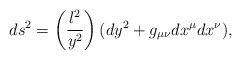
\begin{align*}ds^2= \left(\frac{l^2}{y^2} \right)(dy^2+g_{\mu \nu} dx^{\mu} dx^{\nu}),\end{align*}